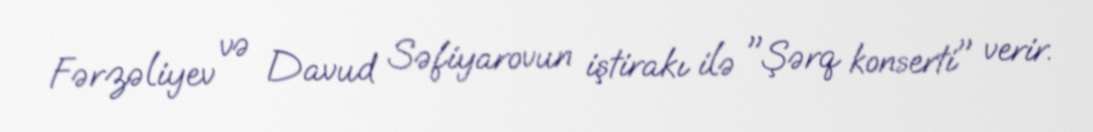
Fərzəliyev və Davud Səfiyarovun iştirakı ilə "Şərq konserti" verir.